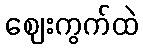
ဈေးကွက်ထဲ